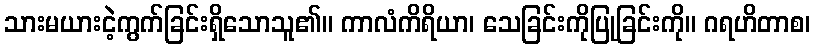
သားမယားငဲ့ကွက်ခြင်းရှိသောသူ၏။ ကာလံကိရိယာ၊ သေခြင်းကိုပြုခြင်းကို။ ဂရဟိတာစ၊